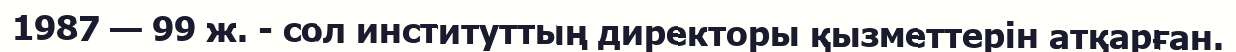
1987 — 99 ж. - сол институттың директоры қызметтерін атқарған.